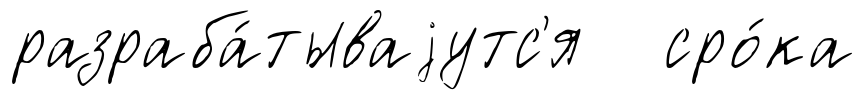
разраба́тываjутс'я сро́ка